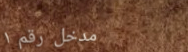
مدخل رقم ١